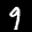
Label: 9